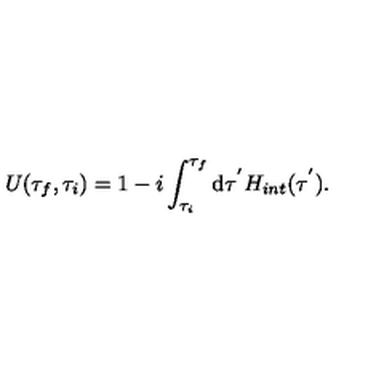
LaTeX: U ( \tau _ { f } , \tau _ { i } ) = 1 - i \int _ { \tau _ { i } } ^ { \tau _ { f } } \mathrm { d } \tau ^ { ' } H _ { i n t } ( \tau ^ { ' } ) .